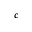
c